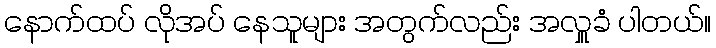
နောက်ထပ် လိုအပ် နေသူများ အတွက်လည်း အလှူခံ ပါတယ်။